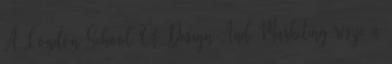
A London School Of Design And Marketing része a